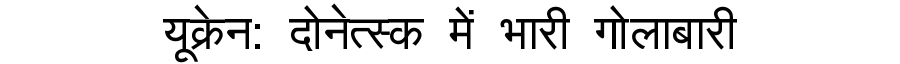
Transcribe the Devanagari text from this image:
यूक्रेन: दोनेत्स्क में भारी गोलाबारी